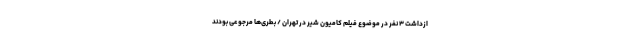
ازداشت ۳ نفر در موضوع فیلم کامیون شیر در تهران / بطری‌ها مرجوعی بودند